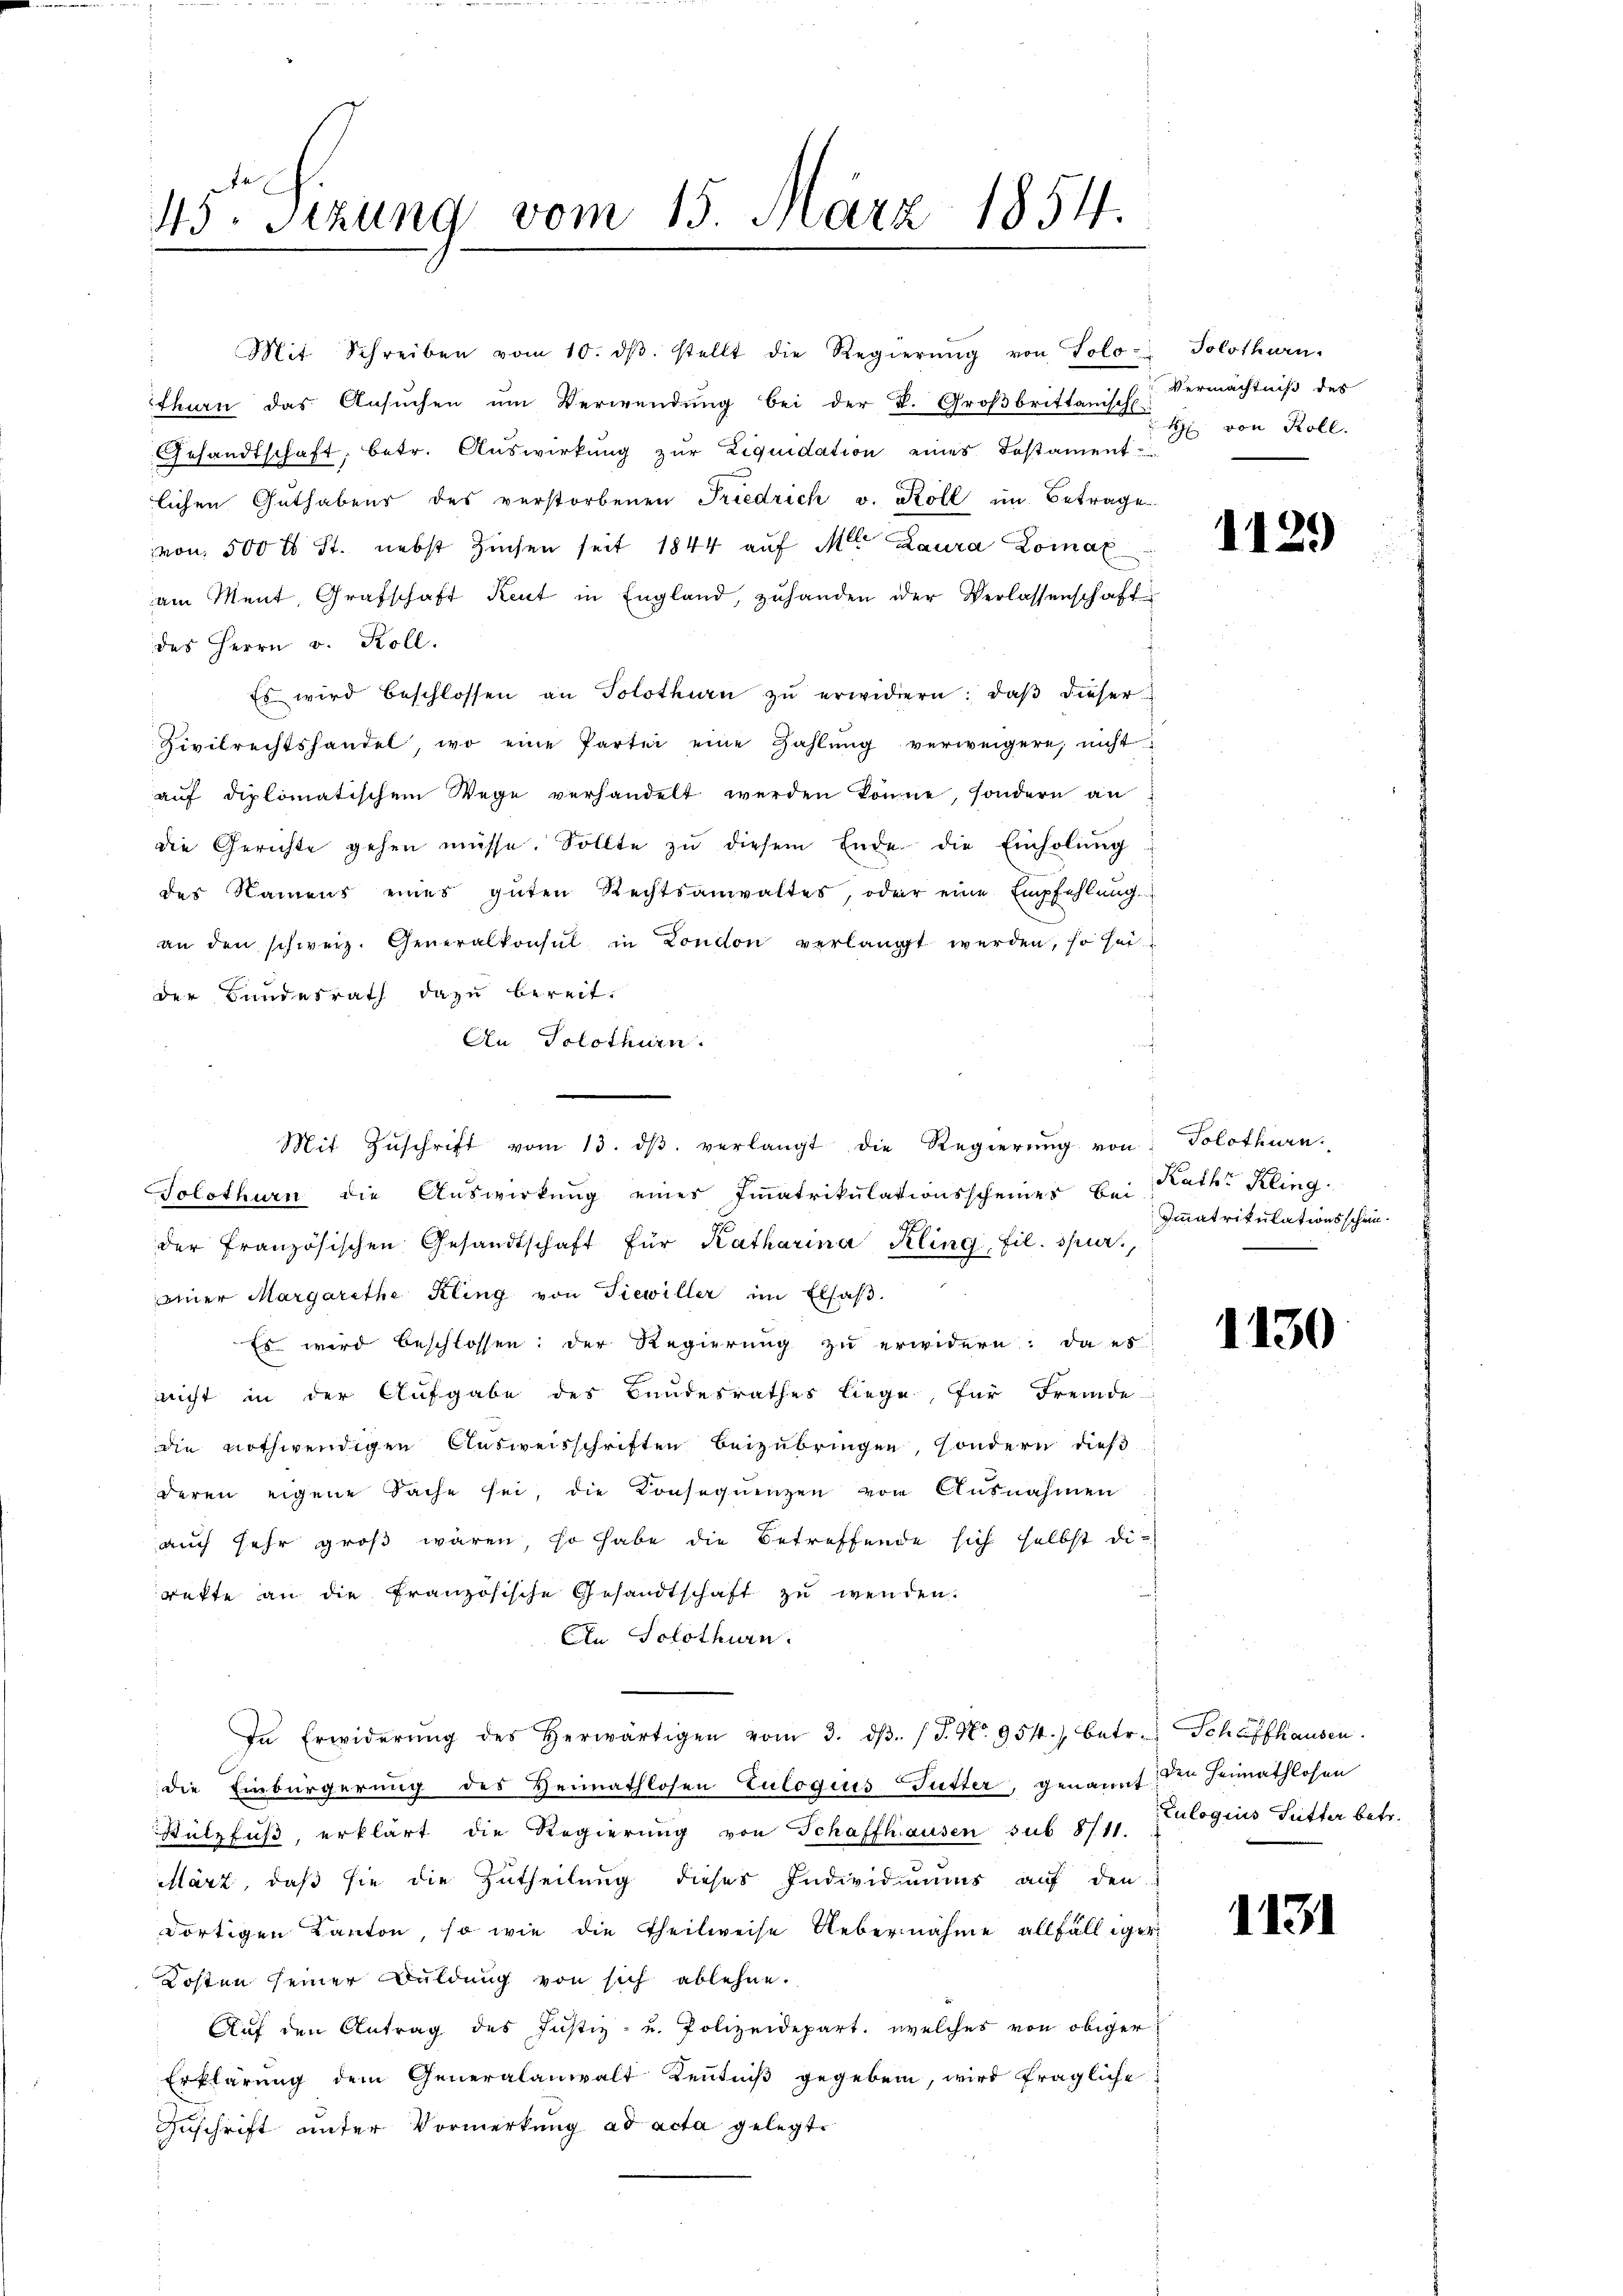
45. Seizung vom 15. März 1854.

" Mit Schreiben vom 10. dβ. stellt die Regierŭng von Tolo Solothurn,
thurn das Ansuchen um Verwendung bei der B. Großbrittanisch sie von Roll.
Gesandtschaft, betr. Auswirkung zŭr Liquidation eines Testament
lichen Guthabens des verstorbenen Friedrich v. Koll im Betrage
von 500 rt St. nebst Zinsen seit 1844 auf M. Laura Comal
am Ment, Grafschaft Reut in England, zuhanden der Verlassenschaft
des Herrn v. Koll
Es wird beschlossen an Solothurn zŭ erwidern: daβ dieser
Zivilrechtshandel, wo eine Partei eine Zahlŭng verweigere, nicht
aŭf diplomatischem Wege verhandelt werden könne, sondern an
die Gerichte gehen müsse. Sollte zŭ diesem Ende die Einholŭng
des Namens eines guten Rechtsanwaltes, oder eine Empfehlŭng
an den schweiz. Generalkonsul in London verlangt werden, so sei
der Bundesrath dazu bereit.
An Solothurn.
Solothurn die Auswirkung eines Immatrikulationsscheines Bei Kath. Kling
der französischen Gesandtschaft für Katharina Kling, fil. spier,
einer Margarethe Kling von Tiewiller im Elsaß.
Es wird beschlossen: der Regierung zu erwidern: da es
nicht in der Aufgabe des Bundesrathes liege, für Fremde
die nothwendigen Ausweisschriften beizubringen, sondern dieß
deren eigene Sache sei, die Konseqŭenzen von Ausnahmen
auch sehr groß wären, so habe die Betreffende sich selbst die
rette an die französische Gesandtschaft zu wenden.
Ain Solothurn.
In Erwiderŭng des herwärtigen vom 3. dβ. / J. No. 954.) betr. Schaffhausen.
die Einbürgerung des Heimathlosen Zulogiis Futter, genannt den Heimathlosen
Stülzfuß, erklärt die Regierung von Schaffhausen sub 8711. Julogius Futter betr.
März, daß sie die Zutheilung dieses Individuums auf den
dortigen Kanton, so wie die Theilweise Uebernahme allfälliger
Kosten seiner Buldung von sich ablehne.
Aŭf den Antrag des Justiz- u. Polizeidepart, welches von obiger
Erklärung dem Generalanwalt Kenntniß gegeben, wird fragliche
Zuschrift unter Vormerkung ad acta gelegt.

Mit Zŭschrift vom 13. dβ verlangt die Regierŭng von Solothurn.

Vermächtniß des

1129

Immatrikulationsschen.

1130

1131